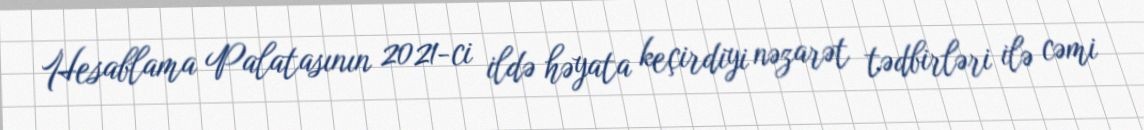
Hesablama Palatasının 2021-ci ildə həyata keçirdiyi nəzarət tədbirləri ilə cəmi